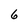
Character: 6